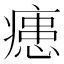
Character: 𭼢